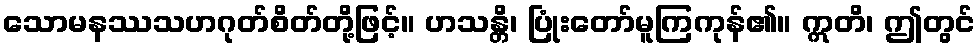
သောမနဿသဟဂုတ်စိတ်တို့ဖြင့်။ ဟသန္တိ၊ ပြုံးတော်မူကြကုန်၏။ ဣတိ၊ ဤတွင်